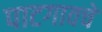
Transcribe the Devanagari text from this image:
पाटगावचे